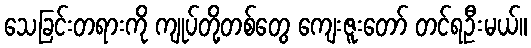
သေခြင်းတရားကို ကျုပ်တို့တစ်တွေ ကျေးဇူးတော် တင်ရဦးမယ်။